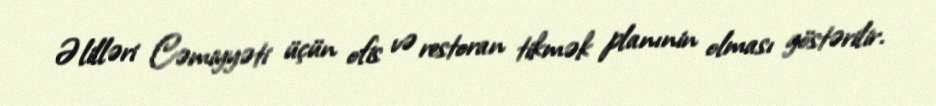
Əlilləri Cəmiyyəti üçün ofis və restoran tikmək planınin olması göstərilir.